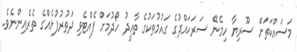
މަސައްކަތަށް ސޫރިޔާ ހިމެނޭ ސަރަހައްދުގެ ގައުމުތަކުގެ ތާއީދު ހޯދުމަށް ފެއްޓެވި ދަތުރުފުޅެއްގެ ތެރެއިންނެވެ.